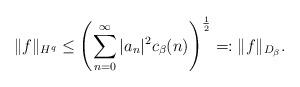
LaTeX: \begin{align*} \|f\|_{H^q} \leq \left(\sum_{n=0}^\infty |a_n|^2 c_\beta(n)\right)^\frac{1}{2} =: \|f\|_{D_\beta}. \end{align*}